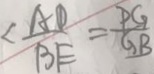
< \frac { A D } { B E } = \frac { P G } { G B }